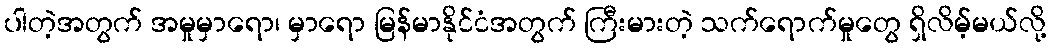
ပါတဲ့အတွက် အမှုမှာရော၊ မှာရော မြန်မာနိုင်ငံအတွက် ကြီးမားတဲ့ သက်ရောက်မှုတွေ ရှိလိမ့်မယ်လို့